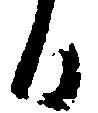
日